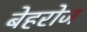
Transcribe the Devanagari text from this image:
बेहरोज